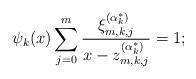
LaTeX: \begin{align*}{\psi _k}(x)\sum\limits_{j = 0}^m {\frac{{\xi _{m,k,j}^{(\alpha _k^*)}}}{{x - z_{m,k,j}^{(\alpha _k^*)}}}} = 1;\end{align*}